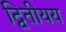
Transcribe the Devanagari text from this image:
द्वितीयय